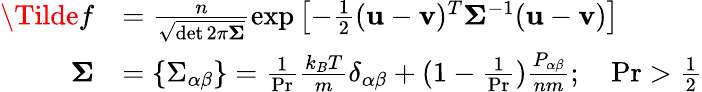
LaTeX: \begin{array}{rl}{\Tilde{f}}&{=\frac{n}{\sqrt{\operatorname*{det}2\pi\boldsymbol{\Sigma}}}\exp\left[-\frac{1}{2}(\mathbf{u}-\mathbf{v})^{T}\boldsymbol{\Sigma}^{-1}(\mathbf{u}-\mathbf{v})\right]}\\ {\boldsymbol{\Sigma}}&{=\{ \Sigma_{\alpha\beta}\} =\frac{1}{\operatorname*{Pr}}\frac{k_{B}T}{m}\delta_{\alpha\beta}+(1-\frac{1}{\operatorname*{Pr}})\frac{P_{\alpha\beta}}{nm};\quad\operatorname*{Pr}>\frac{1}{2}}\end{array}